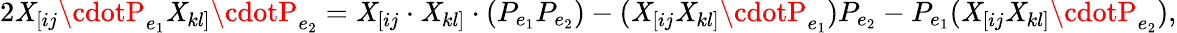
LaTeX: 2\mathit{X}_{[ij}\cdotP_{e_{1}}\mathit{X}_{kl]}\cdotP_{e_{2}}=\mathit{X}_{[ij}\cdot\mathit{X}_{kl]}\cdot(P_{e_{1}}P_{e_{2}})-(\mathit{X}_{[ij}\mathit{X}_{kl]}\cdotP_{e_{1}})P_{e_{2}}-P_{e_{1}}(\mathit{X}_{[ij}\mathit{X}_{kl]}\cdotP_{e_{2}}),